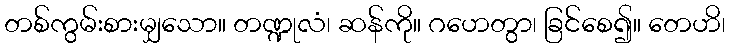
တစ်ကွမ်းစားမျှသော။ တဏ္ဍုလံ၊ ဆန်ကို။ ဂဟေတွာ၊ ခြင်စေ၍။ တေဟိ၊